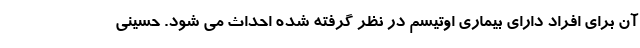
آن برای افراد دارای بیماری اوتیسم در نظر گرفته شده احداث می شود. حسینی